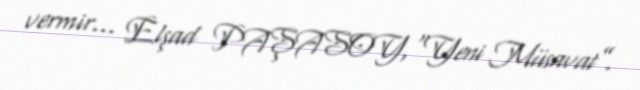
vermir... Elşad PAŞASOY,“Yeni Müsavat”.